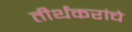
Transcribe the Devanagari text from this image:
तीर्थंकरांचे